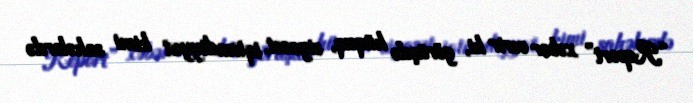
“Report” xəbər verir ki, görüşdə hüquq, siyasət, iqtisadiyyat kimi sahələrdə